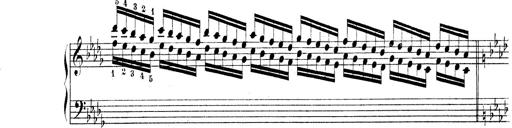
Title: Technische Studien
Composer: Franz Liszt